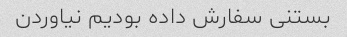
بستنی سفارش داده بودیم نیاوردن